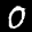
Label: 0